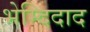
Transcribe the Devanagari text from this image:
भेम्दिदाद